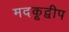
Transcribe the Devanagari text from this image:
मदकूद्वीप